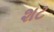
શટ